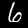
Digit: 6